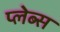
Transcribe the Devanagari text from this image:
प्लेब्स